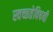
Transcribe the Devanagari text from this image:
स्वच्छतेविषयी